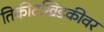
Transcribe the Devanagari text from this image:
तिकीटखिडकीवर